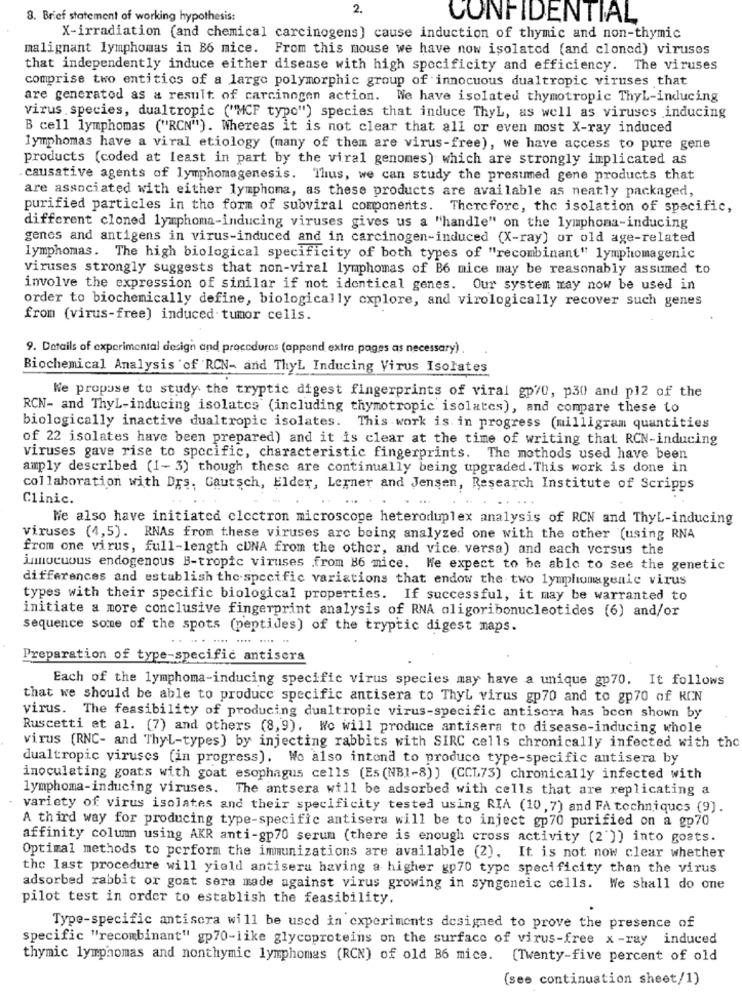
2.
8. Brief statement of working hypothesis:
CONFIDENTIAL
X-irradiation (and chemical carcinogens] cause induction of thymic and non-thymic
malignant lymphomas in B6 mice. From this mouse we have now isolated (and cloned) viruses
that independently induce either disease with high specificity and efficiency. The viruses
comprise two entitics of a largo polymorphic group of innocuous dualtropic viruses that
are generated as a result of carcinogen action. We have isolated thymotropic ThyL-inducing
virus .species, dualtropic ("MCP typo") species that induce ThyL, as well as viruses inducing
B cell lymphomas ("RCN"). Whereas it is not clear that all or even most X-ray induced
lymphomas have a viral etiology (many of them are virus-free), we have access to pure gene
products (coded at least in part by the viral genomes) which are strongly implicated as
causative agents of lymphomagenesis. Thus, we can study the presumed gene products that
are associated with either lymphoma, as these products are available as neatly packaged,
purified particles in the form of subviral components. Therefore, the isolation of specific,
different cloned lymphoma-inducing viruses gives us a "handle" on the lymphoma-inducing
genes and antigens in virus-induced and in carcinogen-induced (X-ray) or old age-related
lymphomas. The high biological specificity of both types of "recombinant" lymphomagenic
viruses strongly suggests that non-viral lymphomas of B6 mice may be reasonably assumed to
involve the expression of similar if not identical genes. Our system may now be used in
order to biochemically define, biologically cxplore, and virologically recover such genes
from (virus-free) induced tumor cells.
9. Details of experimental design and procedures (appand extra pages as necessary) .
Biochemical Analysis of RCN- and ThyL Inducing Virus Isolates
We propuse to study the tryptic digest fingerprints of viral gp70, p30 and p12 of the
RCN- and ThyL-inducing isolates (including thymotropic isolates), and compare these to
biologically inactive dualtropic isolates. This work is. in progress (milligram quantities
of 22 isolates have been prepared) and it is clear at the time of writing that RCN-inducing
viruses gave rise to specific, characteristic fingerprints. The methods used have been
amply described (1-3) though these are continually being upgraded. This work is done in
collaboration with Drs. Gautsch, Elder, Lerner and Jensen, Research Institute of Scripps
Clinic.
He also have initiated electron microscope heteroduplex analysis of RCN and ThyL-inducing
viruses (4,5). RNAs from these viruses arc being analyzed one with the other (using RNA
from one virus, full-length cUNA from the other, and vice versa) and each versus the
innocuous endogenous B-tropic viruses .from B6 mice. We expect to be able to see the genetic
differences and establish the-specific variations that endow the two lymphomagenle virus
types with their specific biological properties. If successful, it may be warranted to
initiate a more conclusive fingerprint analysis of RNA oligoribonucleotides (6) and/or
sequence some of the spots (peptides) of the tryptic digest maps.
Preparation of type-specific antisera
Each of the lymphoma-inducing specific virus species may have a unique gp70. It follows
that we should be able to produce specific antisera to ThyL virus gp70 and to gp70 of RCN
virus. The feasibility of producing dualtropic virus-specific antiscra has been shown by
Ruscetti et al. (7) and others (8,9). We will produce antisera to disease-inducing whole
virus (RNC- and ThyL-types) by injecting rabbits with SIRC cells chronically infected with the
dualtropic viruses (in progress). Wo also intend to produce type-specific antisera by
inoculating goats with goat esophagus cells (Es(NBI-8)] (CCL73) chronically infected with
lymphoma-inducing viruses. The antsera will be adsorbed with cells that are replicating a
variety of virus isolates and their specificity tested using RIA (10, 7) and FA techniques (9).
A third way for producing type-specific antisera will be to inject gp70 purified on a gp70
affinity column using AKR anti-gp70 serum (there is enough cross activity (2 )) into goats.
Optimal methods to perform the immunizations are available (2). It is not now clear whether
the last procedure will yield antisera having a higher gp70 type specificity than the virus
adsorbed rabbit or goat sera made against virus growing in syngeneic cells. We shall do one
pilot test in order to establish the feasibility.
Type-specific antiscra will be used in experiments designed to prove the presence of
specific "recombinant" gp70-like glycoproteins on the surface of virus-free x-ray induced
thymic lymphomas and nonthymic lymphomas (RCN) of old B6 mice. [Twenty-five percent of old
(see continuation sheet/1)